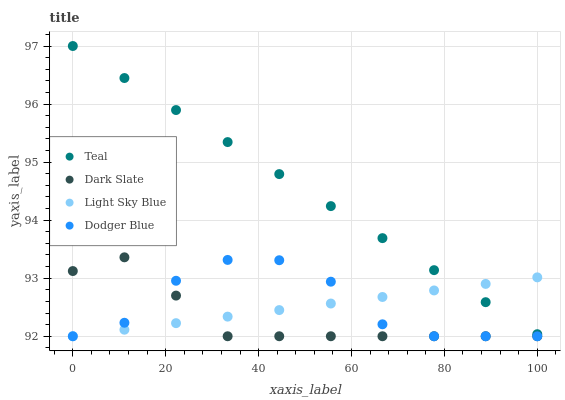
| xaxis_label | Teal | Dark Slate | Light Sky Blue | Dodger Blue |
 | --- | --- | --- | --- | --- |
 | 0 | 97 | 93.1 | 92 | 92 |
 | 11.1 | 96.4 | 93.4 | 92.1 | 92.2 |
 | 22.2 | 95.9 | 92.7 | 92.2 | 93 |
 | 33.3 | 95.3 | 92 | 92.3 | 93.3 |
 | 44.4 | 94.8 | 92 | 92.5 | 93.3 |
 | 55.6 | 94.2 | 92 | 92.6 | 92.9 |
 | 66.7 | 93.7 | 92 | 92.7 | 92.2 |
 | 77.8 | 93.1 | 92 | 92.8 | 92 |
 | 88.9 | 92.6 | 92 | 92.9 | 92 |
 | 100 | 92 | 92 | 93 | 92 |